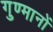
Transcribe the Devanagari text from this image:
गुण्मानों